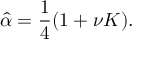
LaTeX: \hat { \alpha } = \frac { 1 } { 4 } ( 1 + \nu K ) .